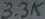
Text: 3.3K